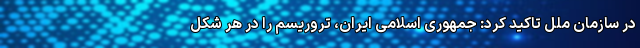
در سازمان ملل تاکید کرد: جمهوری اسلامی ایران، تروریسم را در هر شکل